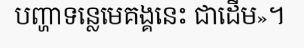
បញ្ហាទន្លេមេគង្គនេះ ជាដើម»។